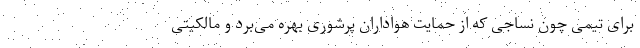
برای تیمی چون نساجی که از حمایت هواداران پرشوری بهره می‌برد و مالکیتی